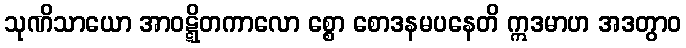
သုဏိသာယော အာဝဋ္ဋိတကာလော စ္စော စောဒနမပနေတိ ဣဒမာဟ အဒတွာဝ